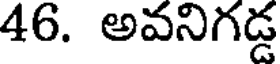
46. అవనిగడ్డ